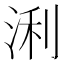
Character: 浰